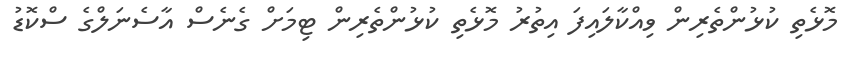
މޮޅެތި ކުޅުންތެރިން ވިއްކާލައިފަ އިތުރު މޮޅެތި ކުޅުންތެރިން ޓިމަށް ގެނެސް އާސެނަލްގެ ސްކޮޑު